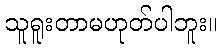
သူရူးတာမဟုတ်ပါဘူး။